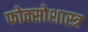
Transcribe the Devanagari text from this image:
फोक्सोशास्त्र